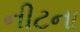
નીટના